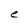
Character: e